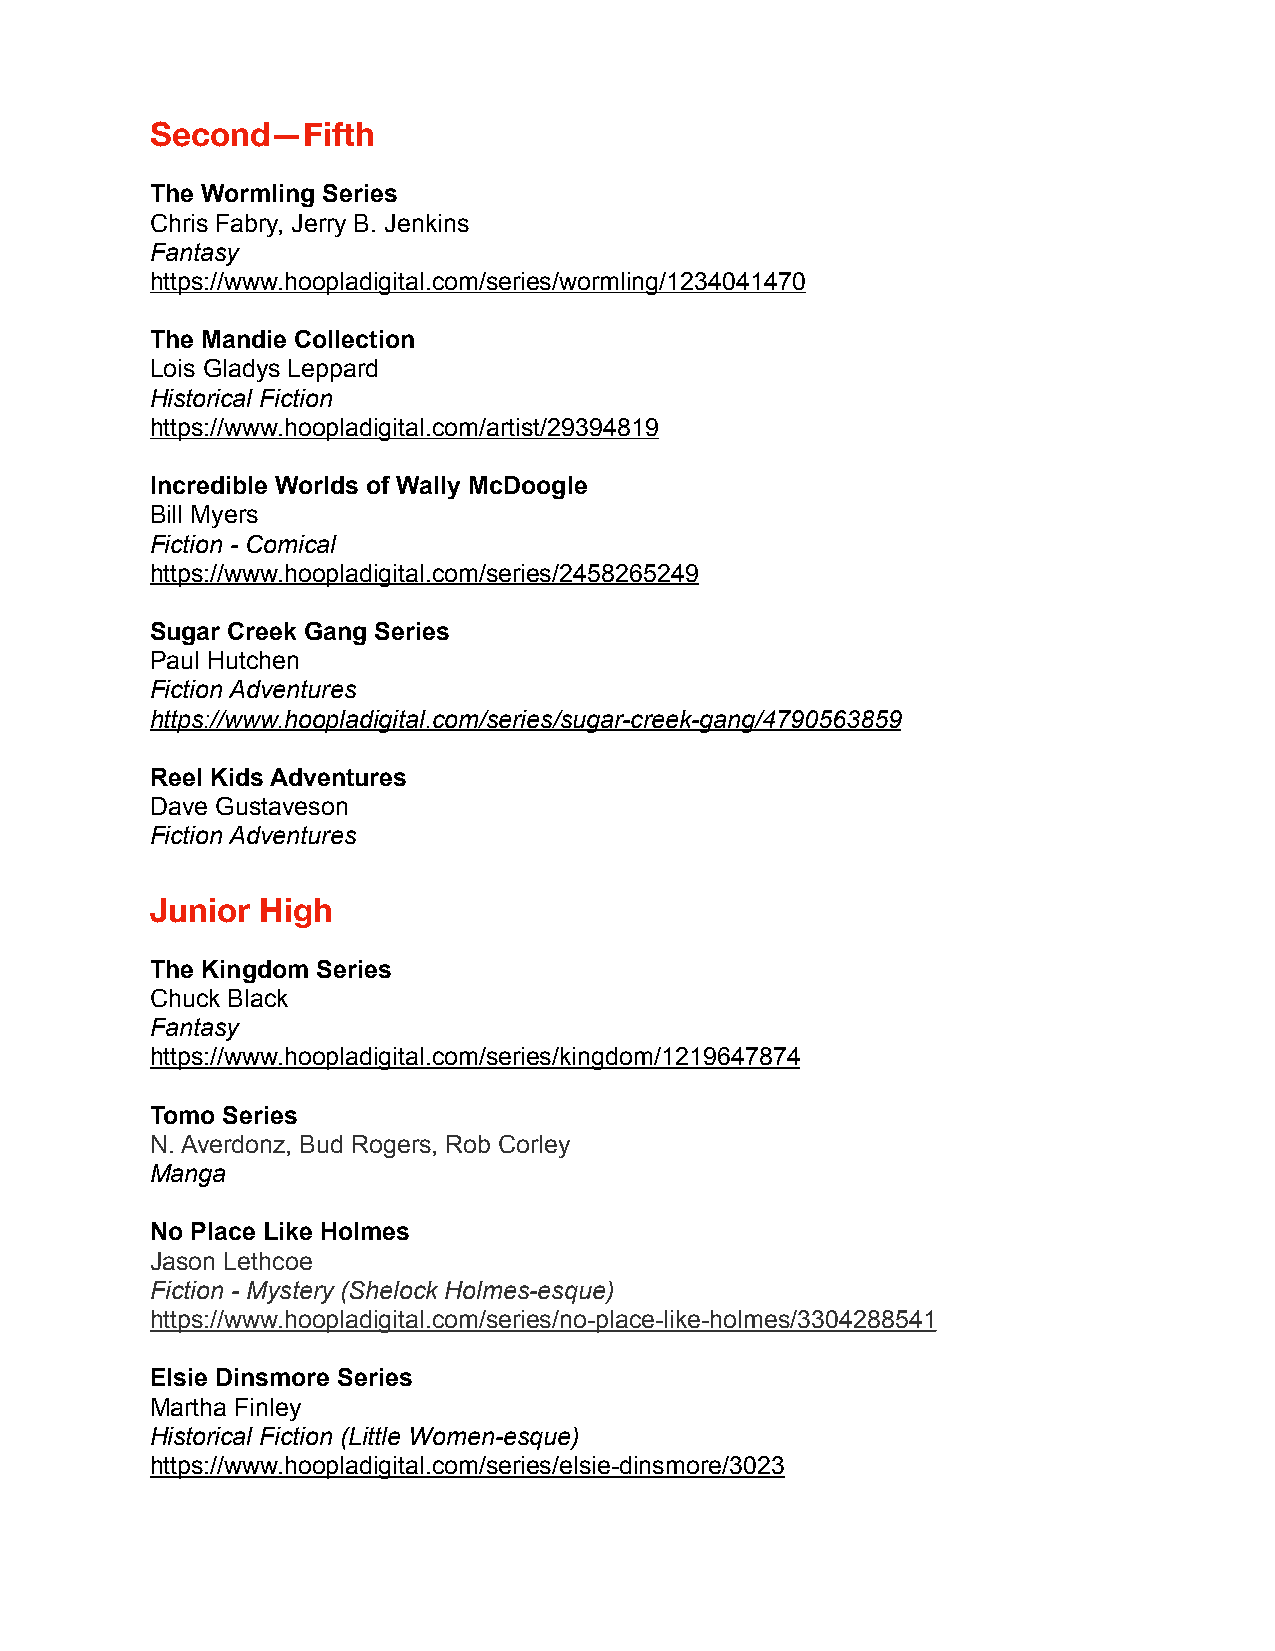
Second—Fifth
 The Wormling Series
 Chris Fabry, Jerry B. Jenkins
 Fantasy
 https://www.hoopladigital.com/series/wormling/1234041470
 The Mandie Collection
 Lois Gladys Leppard
 Historical Fiction
 https://www.hoopladigital.com/artist/29394819
 Incredible Worlds of Wally McDoogle
 Bill Myers
 Fiction - Comical
 https://www.hoopladigital.com/series/2458265249
 Sugar Creek Gang Series
 Paul Hutchen
 Fiction Adventures
 https://www.hoopladigital.com/series/sugar-creek-gang/4790563859
 Reel Kids Adventures
 Dave Gustaveson
 Fiction Adventures
 Junior High
 The Kingdom Series
 Chuck Black
 Fantasy
 https://www.hoopladigital.com/series/kingdom/1219647874
 Tomo Series
 N. Averdonz, Bud Rogers, Rob Corley
 Manga
 No Place Like Holmes
 Jason Lethcoe
 Fiction - Mystery (Shelock Holmes-esque)
 https://www.hoopladigital.com/series/no-place-like-holmes/3304288541
 Elsie Dinsmore Series
 Martha Finley
 Historical Fiction (Little Women-esque)
 https://www.hoopladigital.com/series/elsie-dinsmore/3023